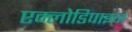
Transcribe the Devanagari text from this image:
एम्लोडिपाइन